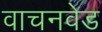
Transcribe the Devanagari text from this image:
वाचनवेड